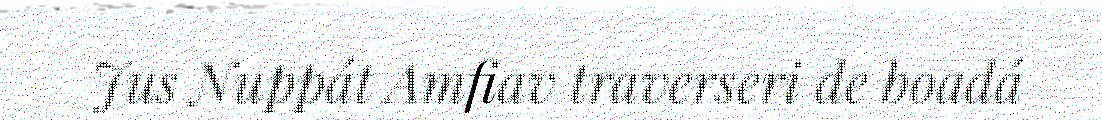
Jus Nuppát Amfiav traverseri de boadá